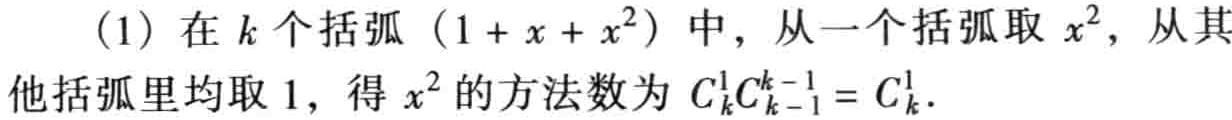
(1) 在 \(k\) 个括弧 \((1 + x + x^{2})\) 中，从一个括弧取 \(x^{2}\)，从其他括弧里均取 \(1\)，得 \(x^{2}\) 的方法数为 \(C_{k}^{1}C_{k - 1}^{k - 1}=C_{k}^{1}\).